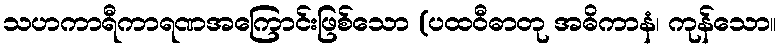
သဟကာရီကာရဏအကြောင်းဖြစ်သော (ပထဝီဓာတု အဓိကာနံ၊ ကုန်သော။